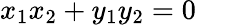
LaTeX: x_{1}x_{2}+y_{1}y_{2}=0\quad